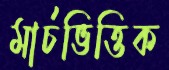
মার্চভিত্তিক